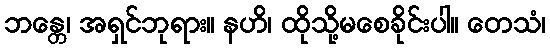
ဘန္တေ၊ အရှင်ဘုရား။ နဟိ၊ ထိုသို့မစေခိုင်းပါ။ တေသံ၊